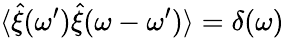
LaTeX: \langle\hat{\xi}(\omega^{\prime})\hat{\xi}(\omega-\omega^{\prime})\rangle=\delta(\omega)